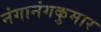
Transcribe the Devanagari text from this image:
नंगानंगकुमार